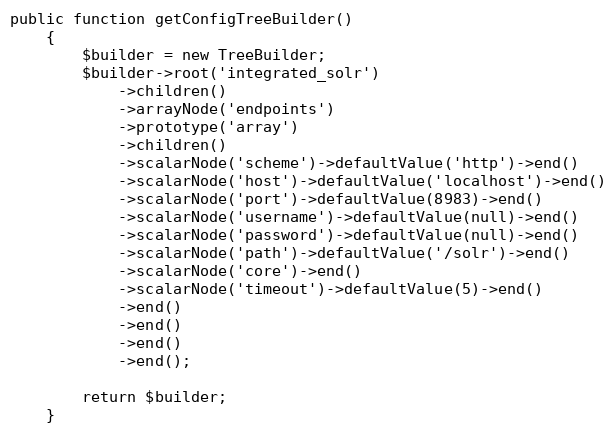
Language: PHP
public function getConfigTreeBuilder()
    {
        $builder = new TreeBuilder;
        $builder->root('integrated_solr')
            ->children()
            ->arrayNode('endpoints')
            ->prototype('array')
            ->children()
            ->scalarNode('scheme')->defaultValue('http')->end()
            ->scalarNode('host')->defaultValue('localhost')->end()
            ->scalarNode('port')->defaultValue(8983)->end()
            ->scalarNode('username')->defaultValue(null)->end()
            ->scalarNode('password')->defaultValue(null)->end()
            ->scalarNode('path')->defaultValue('/solr')->end()
            ->scalarNode('core')->end()
            ->scalarNode('timeout')->defaultValue(5)->end()
            ->end()
            ->end()
            ->end()
            ->end();

        return $builder;
    }